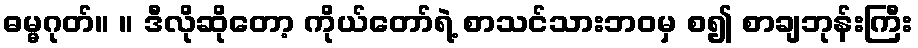
ဓမ္မဂုတ်။ ။ ဒီလိုဆိုတော့ ကိုယ်တော်ရဲ့ စာသင်သားဘဝမှ စ၍ စာချဘုန်းကြီး